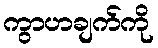
ကွာဟချက်ကို